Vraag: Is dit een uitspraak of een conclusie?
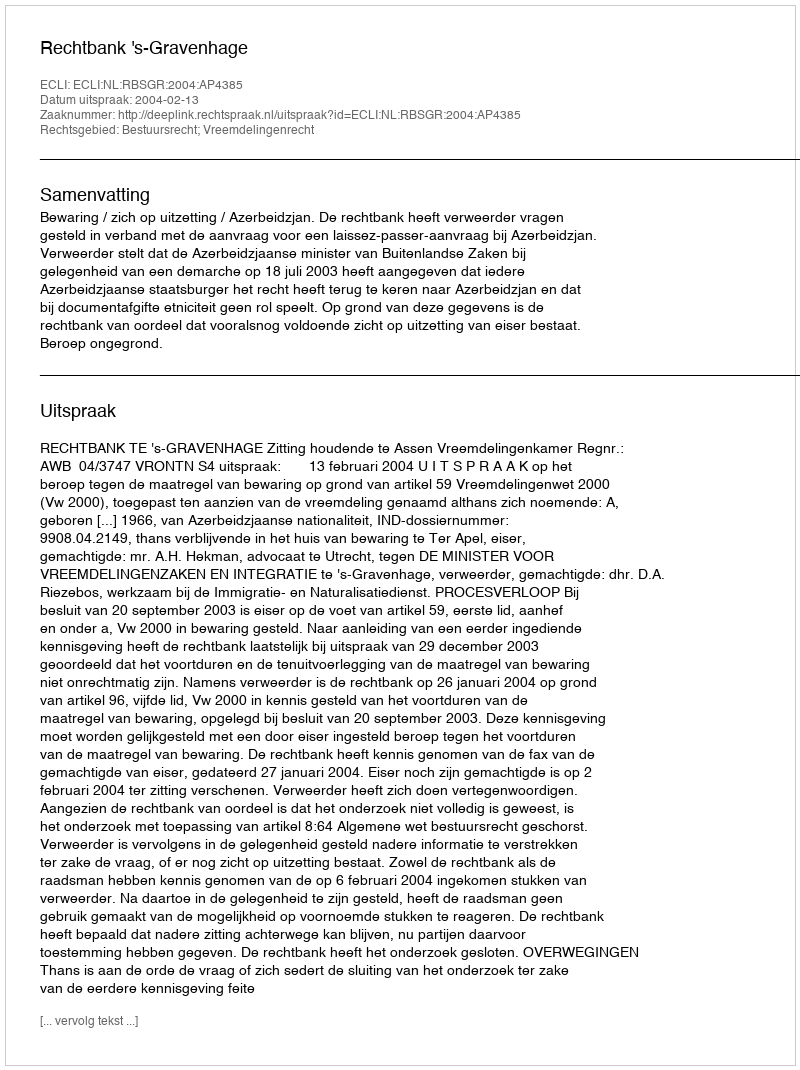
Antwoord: Uitspraak